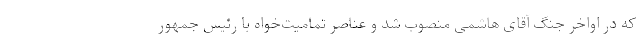
که در اواخر جنگ آقای هاشمی منصوب شد و عناصر تمامیت‌خواه با رئیس جمهور